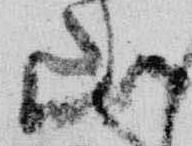
山